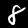
Label: 8